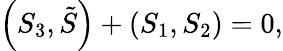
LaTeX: \left(S_{3},\tilde{S}\right)+\left(S_{1},S_{2}\right)=0,